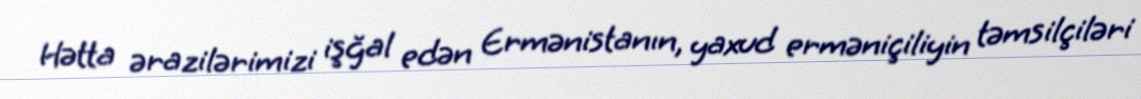
Hətta ərazilərimizi işğal edən Ermənistanın, yaxud erməniçiliyin təmsilçiləri